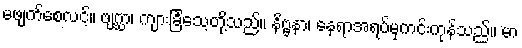
မဖျက်စေလင့်။ ဗျဂ္ဃာ၊ ကျားခြင်္သေ့တို့သည်။ နိဗ္ဗနာ၊ နေရာအရပ်မှကင်းကုန်သည်။ မာ